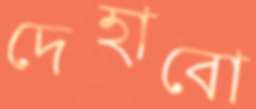
দেহাবো